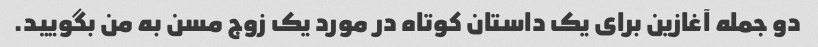
دو جمله آغازین برای یک داستان کوتاه در مورد یک زوج مسن به من بگویید.